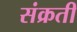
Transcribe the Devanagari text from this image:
संक्रती